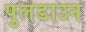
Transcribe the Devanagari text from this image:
पुलडाउन